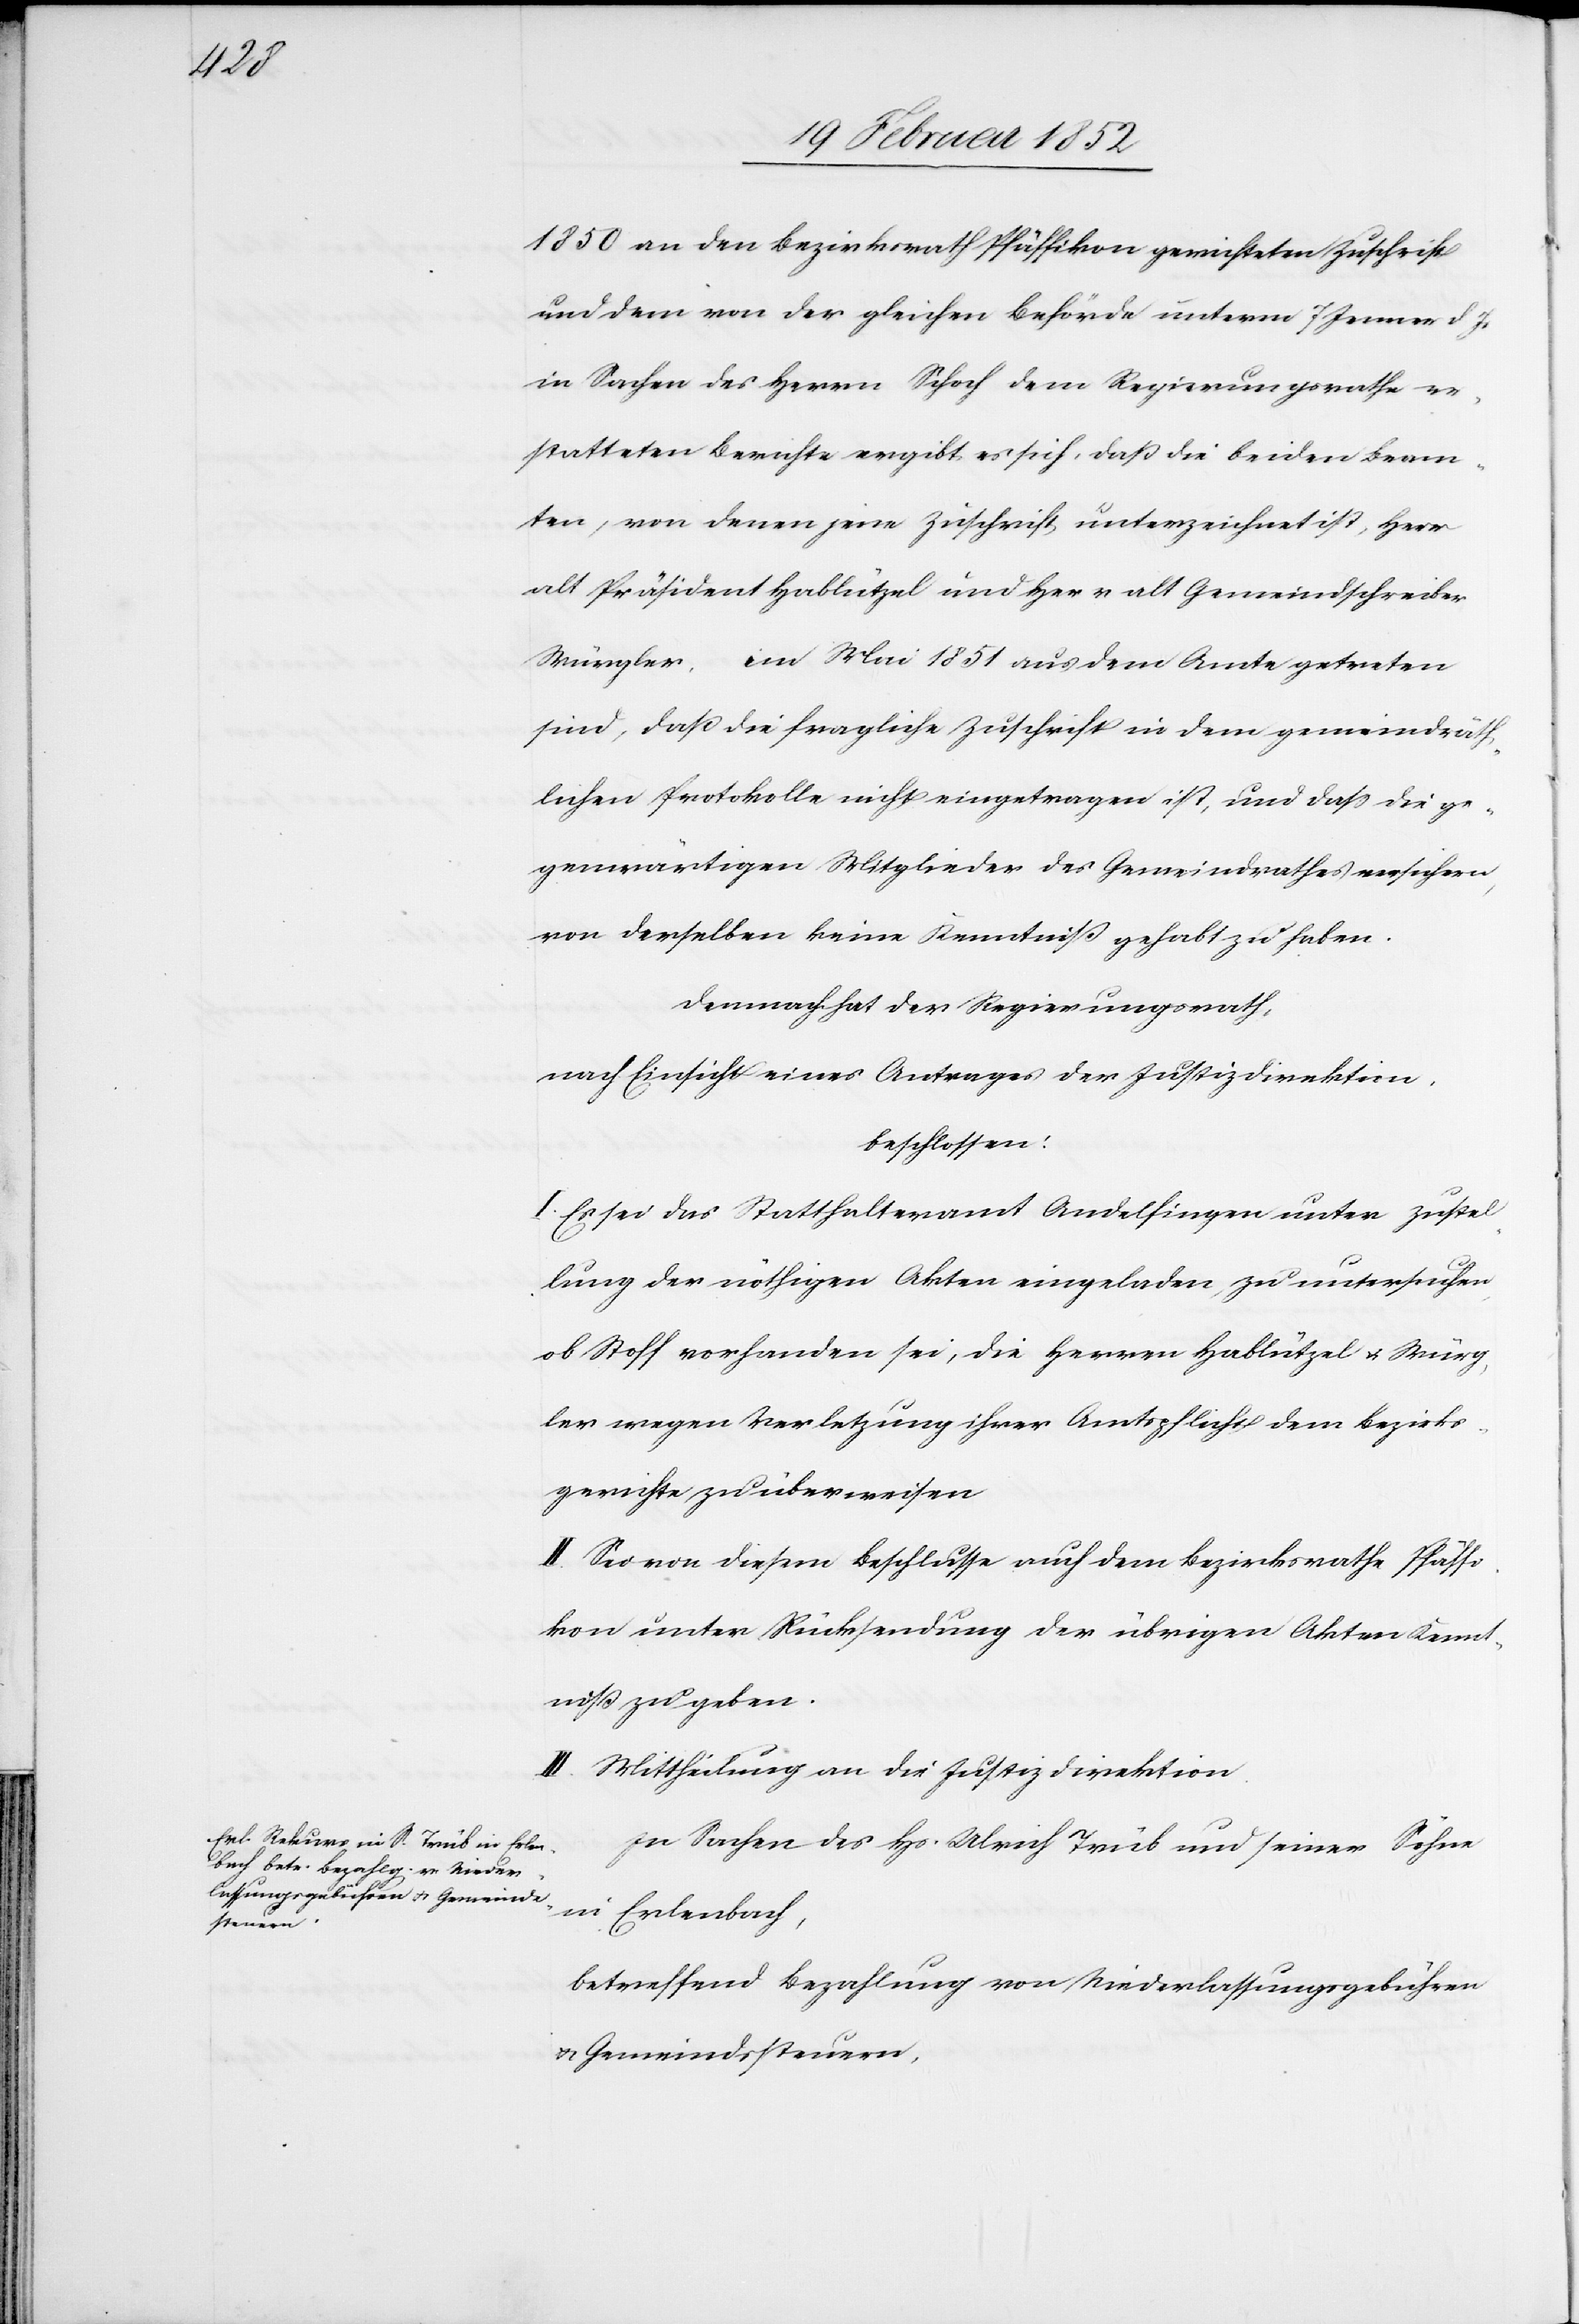
1850 an den Bezirksrath Pfäffikon gerichteten Zuschrift
und dem von der gleichen Behörde unterm 7 Jenner d. J.
in Sachen des Herrn Schoch dem Regierungsrathe er¬
statteten Berichte ergibt es sich, daß die beiden Beam¬
ten, von denen jene Zuschrift unterzeichnet ist, Herr
alt Präsident Hablützel und Herr alt Gemeindschreiber
Würgler, im Mai 1851 aus dem Amte getreten
sind, daß die fragliche Zuschrift in dem gemeindräth¬
lichen Protokolle nicht eingetragen ist, und daß die ge¬
genwärtigen Mitglieder des Gemeindrathes versichern,
von derselben keine Kenntniß gehabt zu haben.
Demnach hat der Regierungsrath,
nach Einsicht eines Antrages der Justizdirektion
beschlossen:
I. Es sei das Statthalteramt Andelfingen unter Zustel¬
lung der nöthigen Akten eingeladen, zu untersuchen,
ob Stoff vorhanden sei, die Herren Hablützel u. Würg¬
ler wegen Verletzung ihrer Amtspflicht dem Bezirks¬
gerichte zu überweisen.
II. Sie von diesem Beschlusse auch dem Bezirksrathe Pfäffi¬
kon unter Rücksendung der übrigen Akten Kennt¬
niß zu geben.
III. Mittheilung an die Justizdirektion.
In Sachen des Hs. Ulrich Trüb und seiner Söhne
in Erlenbach,
betreffend Bezahlung von Niederlassungsgebühren
u. Gemeindssteuern,